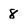
Character: 8